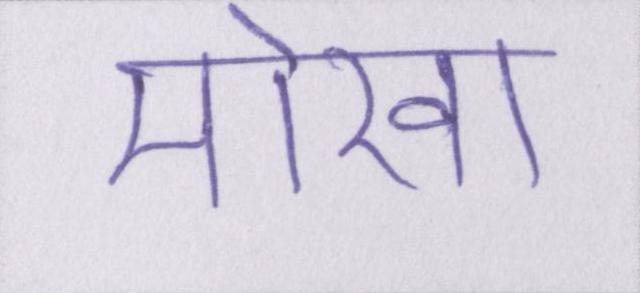
मोखा